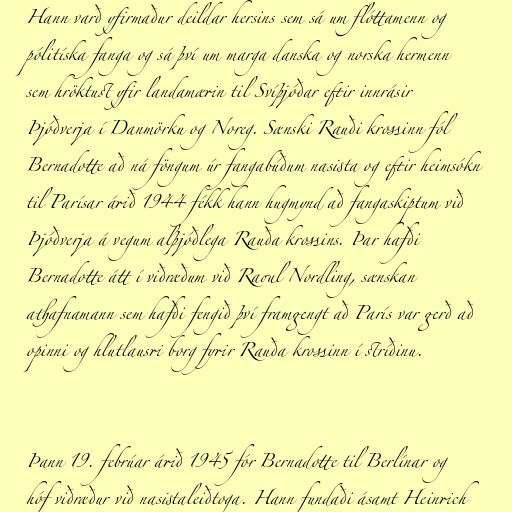
Hann varð yfirmaður deildar hersins sem sá um flóttamenn og
pólitíska fanga og sá því um marga danska og norska hermenn
sem hröktust yfir landamærin til Svíþjóðar eftir innrásir
Þjóðverja í Danmörku og Noreg. Sænski Rauði krossinn fól
Bernadotte að ná föngum úr fangabúðum nasista og eftir heimsókn
til Parísar árið 1944 fékk hann hugmynd að fangaskiptum við
Þjóðverja á vegum alþjóðlega Rauða krossins. Þar hafði
Bernadotte átt í viðræðum við Raoul Nordling, sænskan
athafnamann sem hafði fengið því framgengt að París var gerð að
opinni og hlutlausri borg fyrir Rauða krossinn í stríðinu.

Þann 19. febrúar árið 1945 fór Bernadotte til Berlínar og
hóf viðræður við nasistaleiðtoga. Hann fundaði ásamt Heinrich